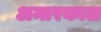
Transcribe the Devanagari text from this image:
अन्तरकाल